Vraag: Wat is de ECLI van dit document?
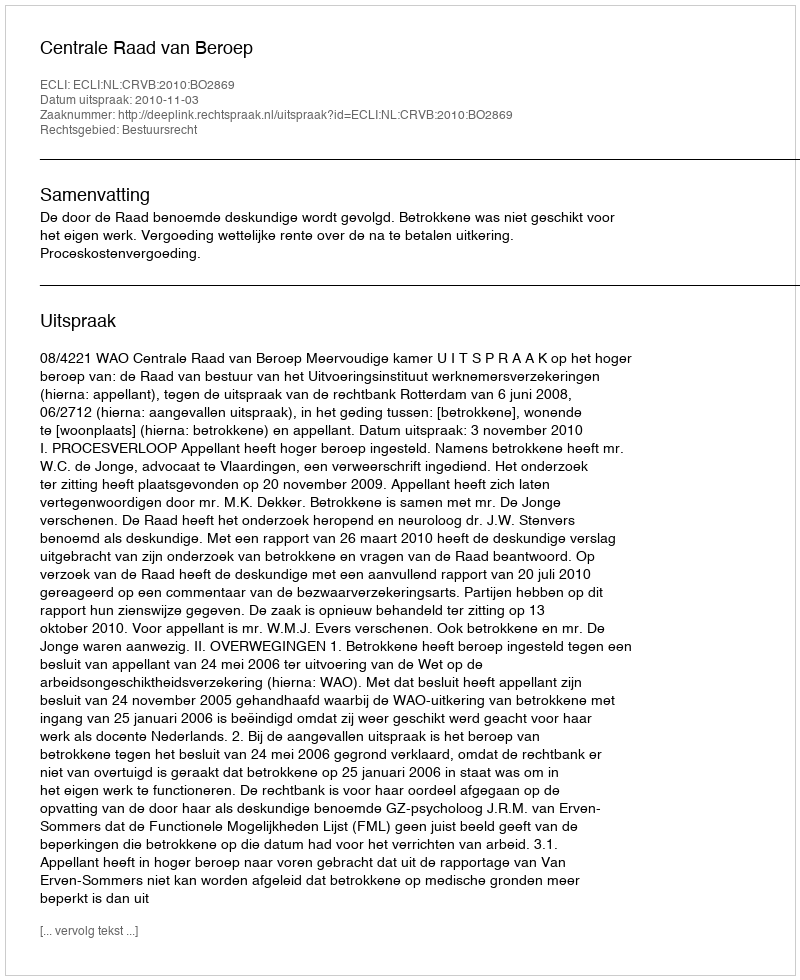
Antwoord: ECLI:NL:CRVB:2010:BO2869